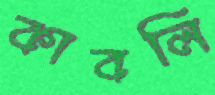
কাবলি